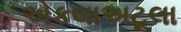
એકલાઅટૂલા